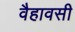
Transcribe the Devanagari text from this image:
वैहावसी